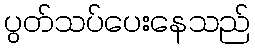
ပွတ်သပ်ပေးနေသည်